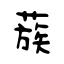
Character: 蔟